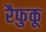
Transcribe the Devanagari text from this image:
रैफुकू